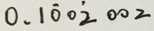
0 . 1 \dot { 0 } 0 \dot { 2 } 0 0 2